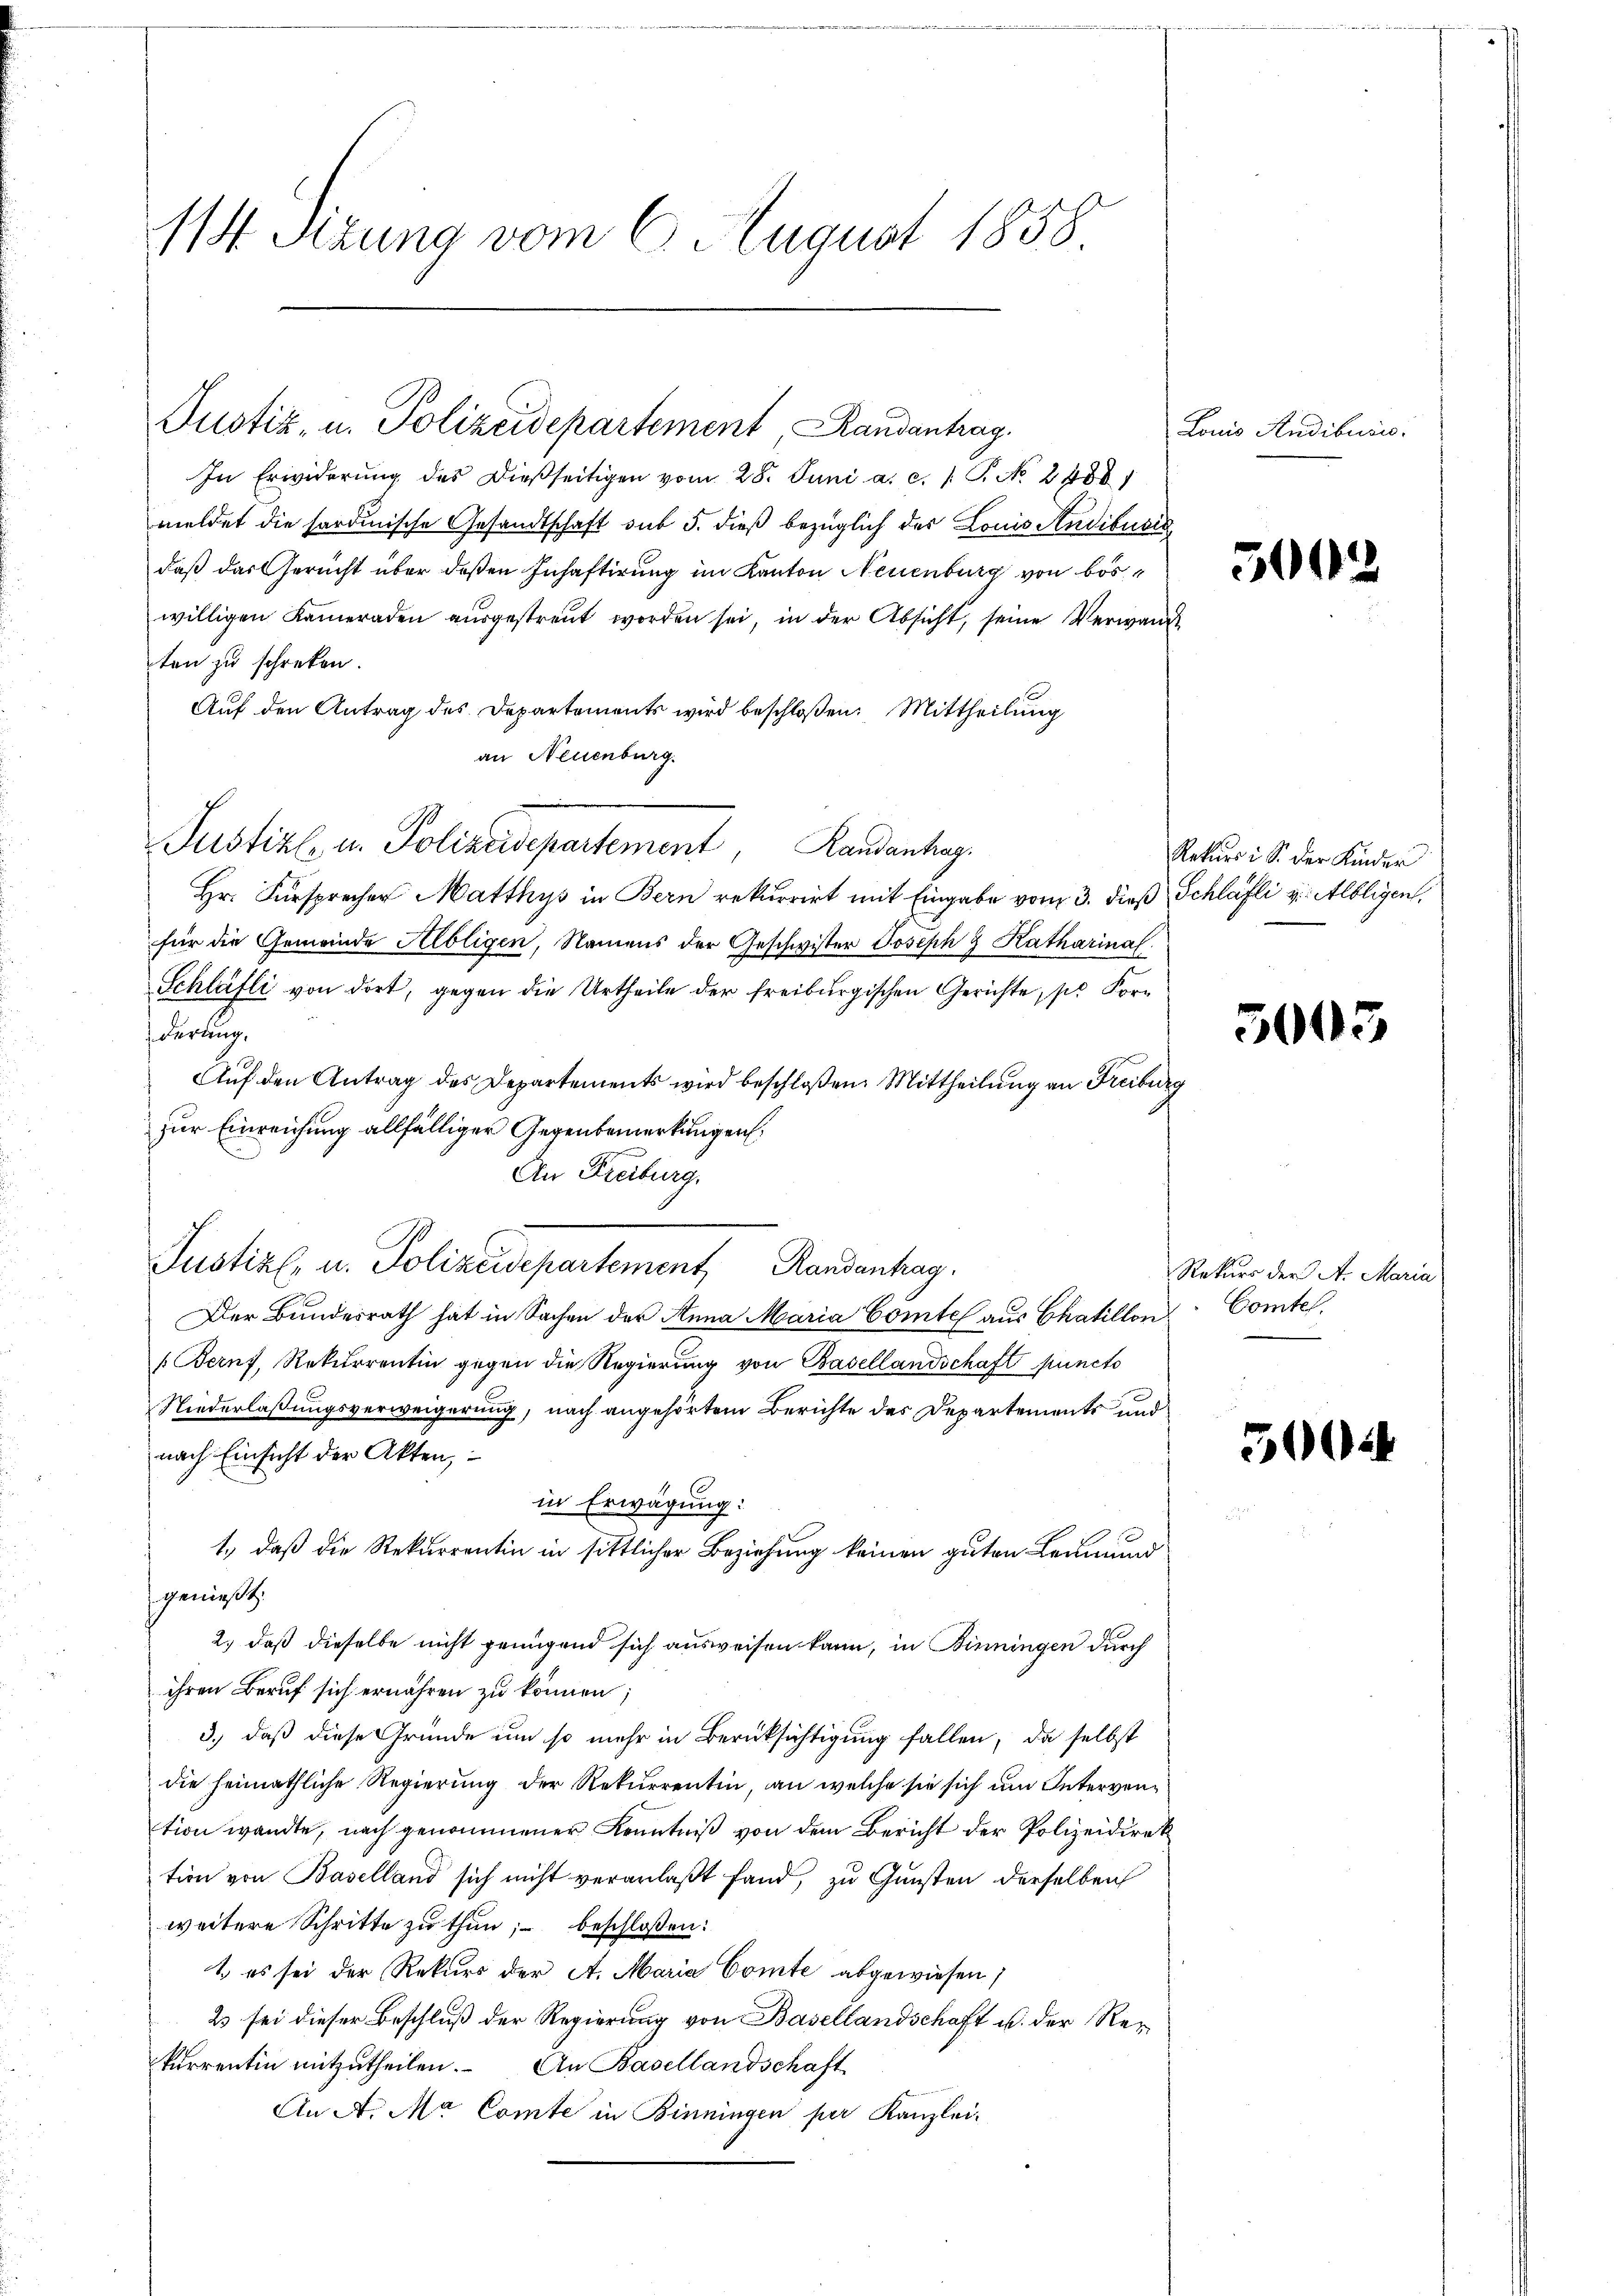
114. Sitzung vom 6. August 1858

Justiz, u. Polizeidepartement, Randantrag.
In Erwiderung des dießseitigen vom 28. Juni a.c. (T. No. 2400
meldet die sardinische Gesandtschaft sub 5. dieß bezüglich des Louis Andibusis
daß das Gericht über deßen Inhaftirung im Kanton Neuenburg von böswilligen Kameraden aŭsgestreut worden sei, in der Absicht, seine Verwandt
ten zu schrecken.
Auf den Antrag des Departements wird beschloßen: Mittheilung
an Neuenburg.
Justiz u. Polizeidepartement, Randantag,
Hr. Fürsprecher Matthys in Bern rekurrirt mit Eingabe vom 3. dieß Schläfli v. Albligen.
für die Gemeinde Albligen, Namens der Geschwister Joseph  Katharinal
Schläfli von dort, gegen die Urtheile der freiburgischen Gerichte, so Forderung,
Auf den Antrag des Departements wird beschloßen: Mittheilung an Freiburg
zur Einreichung allfälliger Gegenbemerkungen
An Freiburg,
Justiz- u. Polizeidepartement Randanhag
Der Bundesrath hat in Sachen der Anna Maria Comte aus Chaillon Comte.
(Bern, Rekurrentin gegen die Regierung von Basellandschaft puncto
Niederlaßungsverweigerung, nach angehörtem Berichte des Departements und
nach Einsicht der Akten,
in Erwägung:
1.) daß die Rekurrentin in sittlicher Beziehung keinen guten Leumund
genießt:
2.) daß dieselbe nicht genügend sich ausweisen kann, in Binningen durch
ihren Beruf sich ernähren zu können;
3.) daß diese Gründe um so mehr in Berücksichtigung fallen, da selbst
die heimathliche Regierung der Rekurrentin, an welche sie sich um Intervention wandte, nach genommener Kenntniß von dem Bericht der Polizeidirek
tion von Baselland sich nicht veranlaßt fand, zu Gunsten derselben
weitere Schritte zu thun; beschlossen:
1. es sei der Rekurs der A. Maria Comte abgewiesen;
23 sei dieser Beschluß der Regierung von Basellandschaft u. der Rekurrentin mitzutheilen. An Basellandschaft
An A. Ma Comte in Binningen per Kanzlei-

Louis Audibusis.

500

Rekurs i S. der Kinder

5003

Rekurs der A. Maria

500